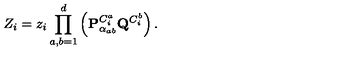
Z _ { i } = z _ { i } \prod _ { a , b = 1 } ^ { d } \left( { \bf P } _ { \alpha _ { a b } } ^ { C _ { i } ^ { a } } { \bf Q } ^ { C _ { i } ^ { b } } \right) .